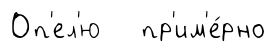
Оп'ел'ю пр'им'е́рно